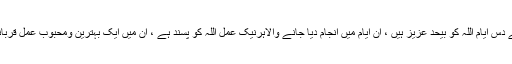
ذو الحجہ کے دس ایام اللہ کو بیحد عزیز ہیں ، ان ایام میں انجام دیا جانے والاہرنیک عمل اللہ کو پسند ہے ، ان میں ایک بہترین ومحبوب عمل قربانی بھی ہے ۔